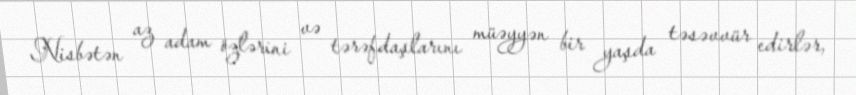
Nisbətən az adam özlərini və tərəfdaşlarını müəyyən bir yaşda təsəvvür edirlər,